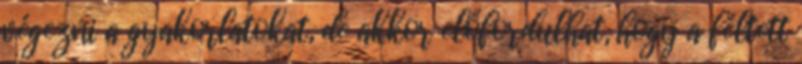
végezni a gyakorlatokat, de akkor előfordulhat, hogy a féltett